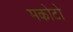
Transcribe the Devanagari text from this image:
मकोटो